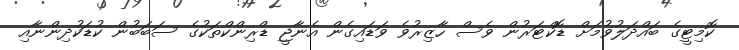
ކޮމިޓީގެ ބައްދަލުވުމަށް ޑޮކްޓަރުން ވެސް ހާޒިރުވެ ވަޑައިގެން އެނާޖީ ޑްރިންކްތަކުގެ ސަބަބުން ކުޑަކުދިންނާއި